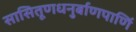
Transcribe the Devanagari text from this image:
सासितूणधनुर्बाणपाणिं